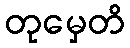
တုမှေတိ